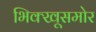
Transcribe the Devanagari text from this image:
भिक्खूसमोर